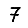
Digit: 7